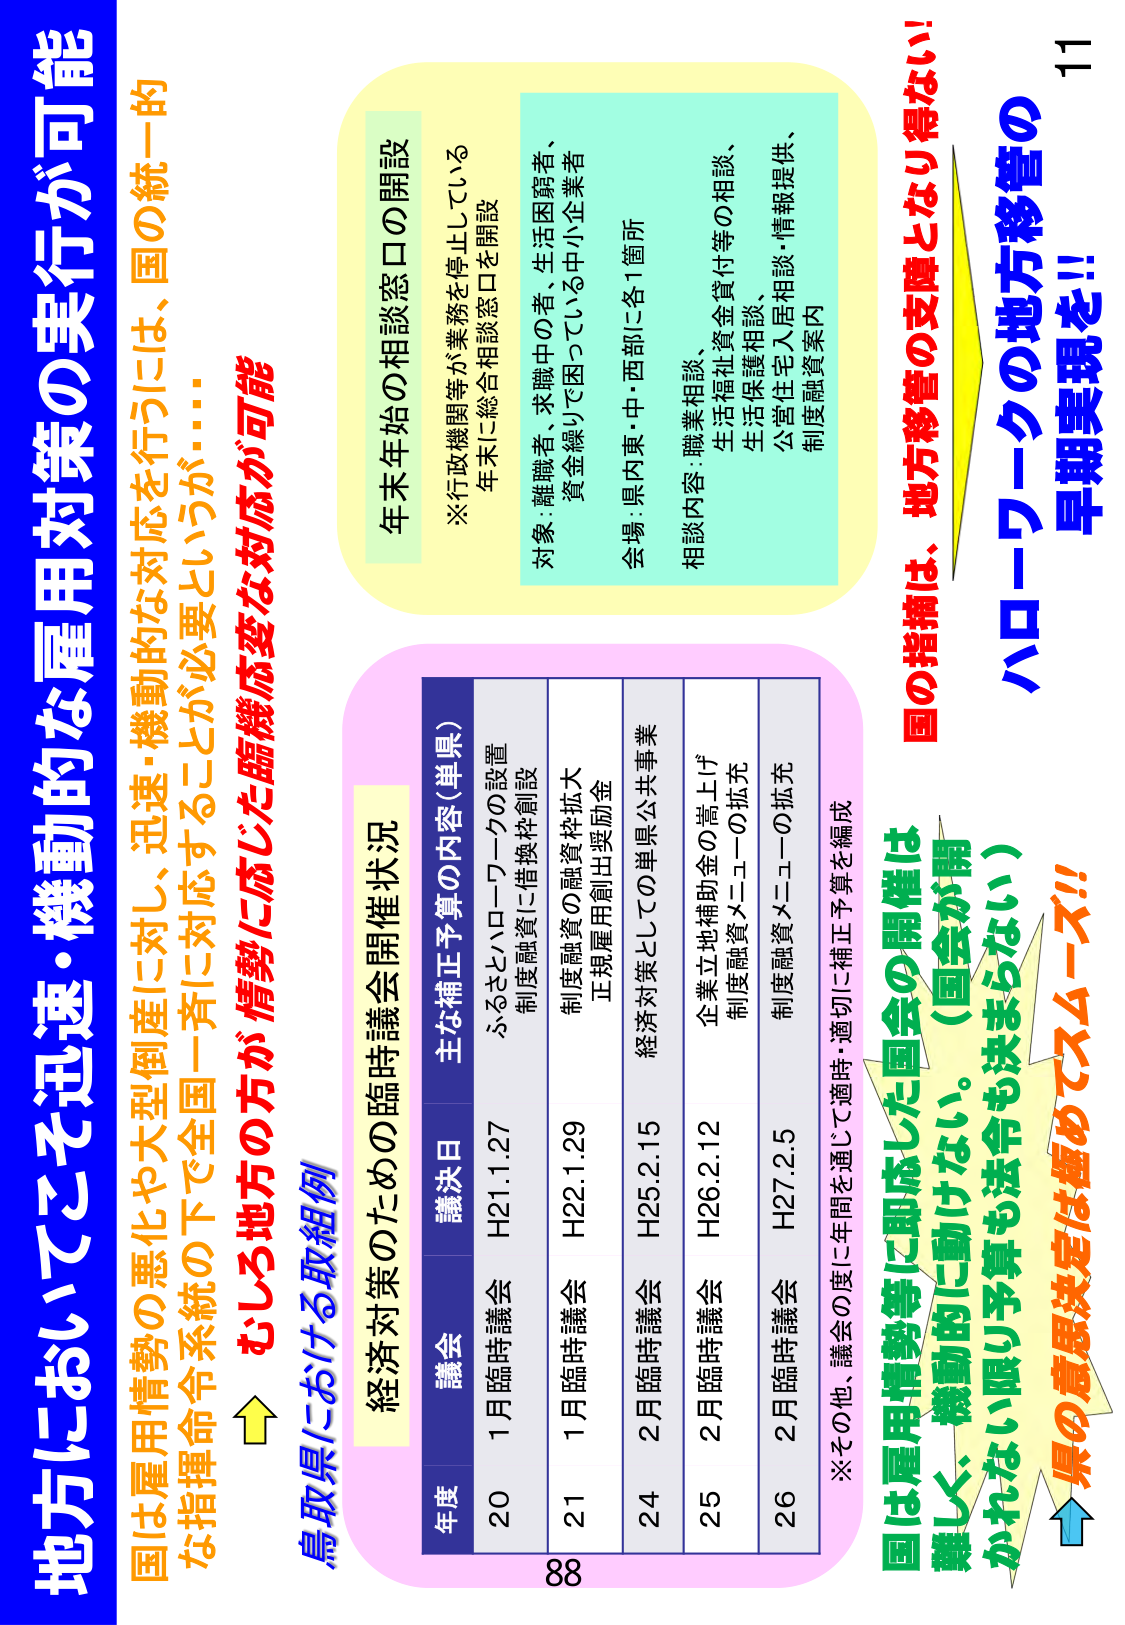
地方においてこそ迅速・機動的な雇用対策の実行が可能

国は雇用情勢の悪化や大型倒産に対し、迅速・機動的な対応を行うには、国の統一的な指揮命令系統の下で全国一斉に対応することが必要というが……

むしろ地方の方が情勢に応じた臨機応変な対応が可能

鳥取県における取組例

年末年始の相談窓口の開設
※行政機関等が業務を停止している
年末に総合相談窓口を開設

対象：離職者、求職中の者、生活困窮者、
資金繰りで困っている中小企業者

会場：県内東・中・西部に各1箇所

相談内容：職業相談、
生活福祉資金貸付等の相談、
生活保護相談、
公営住宅入居相談・情報提供、
制度融資案内

経済対策のための臨時議会開催状況

年度 議会 議決日 主な補正予算の内容（単県）
20 1月臨時議会 H21.1.27 ふるさとハローワークの設置
制度融資に借換枠創設
21 1月臨時議会 H22.1.29 制度融資の融資枠拡大
正規雇用創出奨励金
24 2月臨時議会 H25.2.15 経済対策としての単県公共事業
25 2月臨時議会 H26.2.12 企業立地補助金の嵩上げ
制度融資メニューの拡充
26 2月臨時議会 H27.2.5 制度融資メニューの拡充
※その他、議会の度に年間を通じて適時・適切に補正予算を編成

国の指摘は、地方移管の支障となり得ない！
ハローワークの地方移管の
早期実現を！！

国は雇用情勢等に即応した国会の開催は
難しく、機動的に動けない。（国会が開
かれない限り予算も法令も決まらない）
県の意思決定は極めてスムーズ！！

11